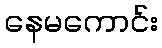
နေမကောင်း